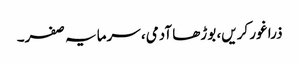
ذرا غور کریں، بوڑھا آدمی، سرمایہ صفر۔